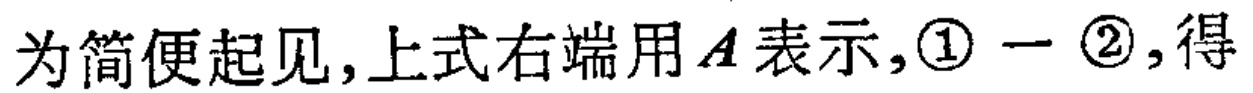
为简便起见,上式右端用\(A\)表示,\(\textcircled{1}-\textcircled{2}\),得